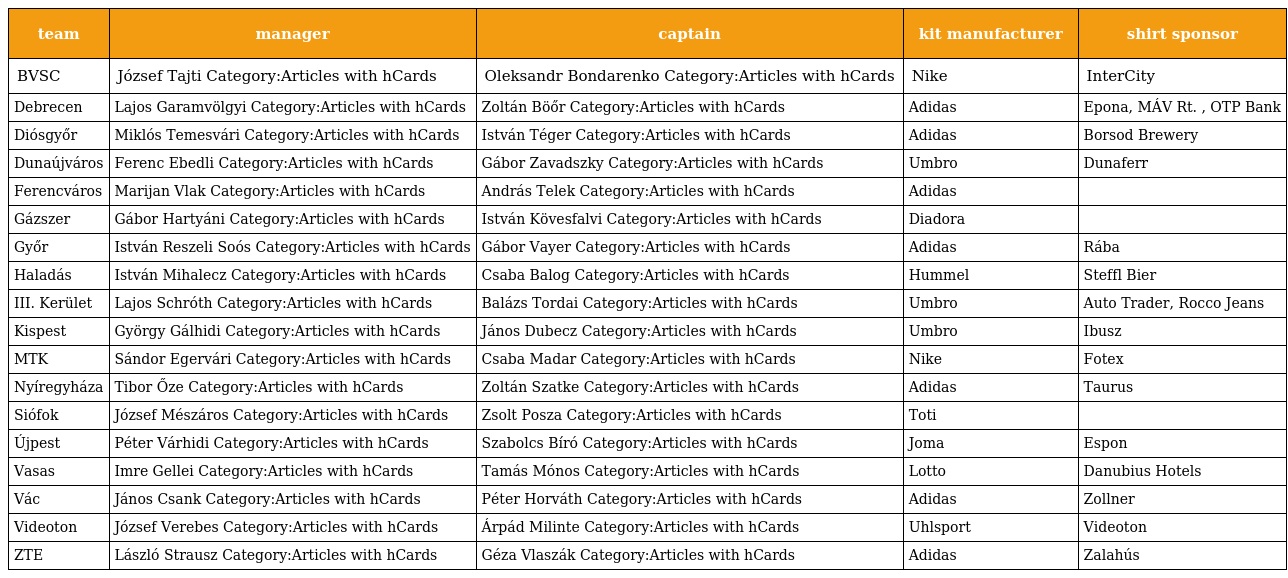
| team | manager | captain | kit manufacturer | shirt sponsor |
 | --- | --- | --- | --- | --- |
 | BVSC | József Tajti Category:Articles with hCards | Oleksandr Bondarenko Category:Articles with hCards | Nike | InterCity |
 | Debrecen | Lajos Garamvölgyi Category:Articles with hCards | Zoltán Böőr Category:Articles with hCards | Adidas | Epona, MÁV Rt. , OTP Bank |
 | Diósgyőr | Miklós Temesvári Category:Articles with hCards | István Téger Category:Articles with hCards | Adidas | Borsod Brewery |
 | Dunaújváros | Ferenc Ebedli Category:Articles with hCards | Gábor Zavadszky Category:Articles with hCards | Umbro | Dunaferr |
 | Ferencváros | Marijan Vlak Category:Articles with hCards | András Telek Category:Articles with hCards | Adidas |  |
 | Gázszer | Gábor Hartyáni Category:Articles with hCards | István Kövesfalvi Category:Articles with hCards | Diadora |  |
 | Győr | István Reszeli Soós Category:Articles with hCards | Gábor Vayer Category:Articles with hCards | Adidas | Rába |
 | Haladás | István Mihalecz Category:Articles with hCards | Csaba Balog Category:Articles with hCards | Hummel | Steffl Bier |
 | III. Kerület | Lajos Schróth Category:Articles with hCards | Balázs Tordai Category:Articles with hCards | Umbro | Auto Trader, Rocco Jeans |
 | Kispest | György Gálhidi Category:Articles with hCards | János Dubecz Category:Articles with hCards | Umbro | Ibusz |
 | MTK | Sándor Egervári Category:Articles with hCards | Csaba Madar Category:Articles with hCards | Nike | Fotex |
 | Nyíregyháza | Tibor Őze Category:Articles with hCards | Zoltán Szatke Category:Articles with hCards | Adidas | Taurus |
 | Siófok | József Mészáros Category:Articles with hCards | Zsolt Posza Category:Articles with hCards | Toti |  |
 | Újpest | Péter Várhidi Category:Articles with hCards | Szabolcs Bíró Category:Articles with hCards | Joma | Espon |
 | Vasas | Imre Gellei Category:Articles with hCards | Tamás Mónos Category:Articles with hCards | Lotto | Danubius Hotels |
 | Vác | János Csank Category:Articles with hCards | Péter Horváth Category:Articles with hCards | Adidas | Zollner |
 | Videoton | József Verebes Category:Articles with hCards | Árpád Milinte Category:Articles with hCards | Uhlsport | Videoton |
 | ZTE | László Strausz Category:Articles with hCards | Géza Vlaszák Category:Articles with hCards | Adidas | Zalahús |